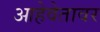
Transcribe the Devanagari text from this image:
आहेवेतावर